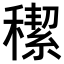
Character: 𥢪